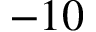
- 1 0